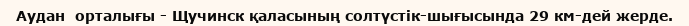
Аудан  орталығы - Щучинск қаласының солтүстік-шығысында 29 км-дей жерде.